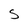
Character: S